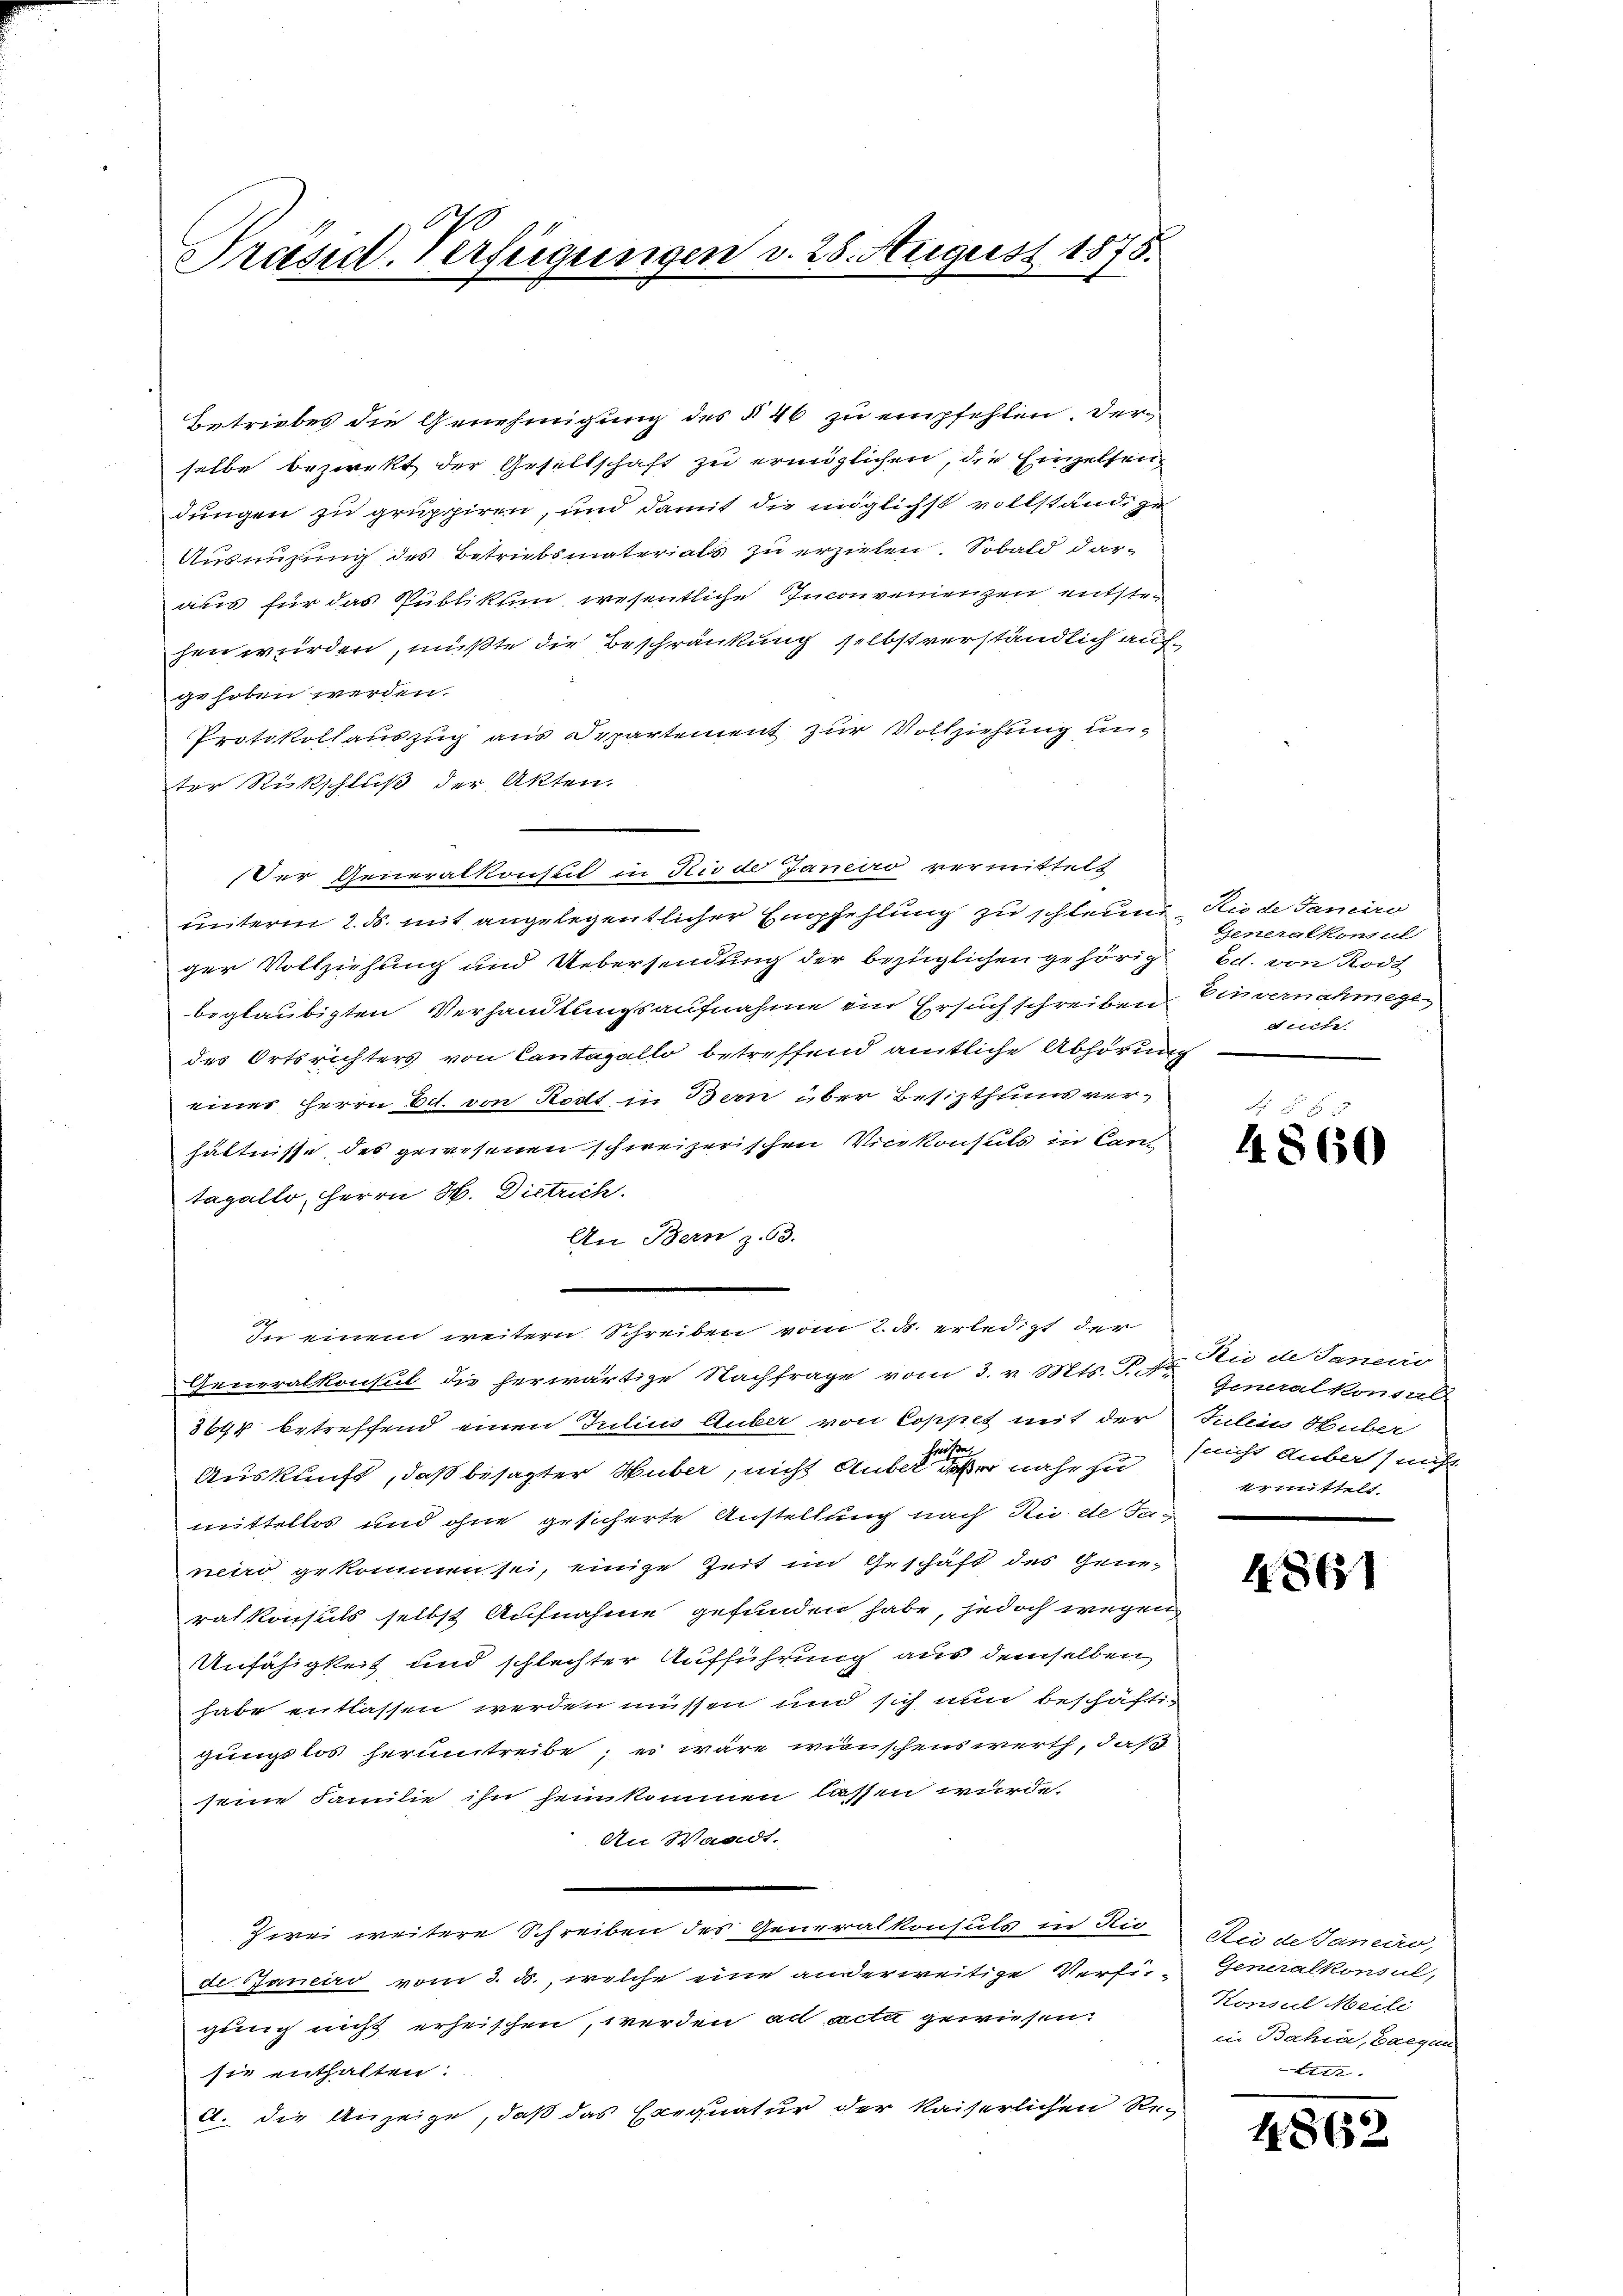
Präsid-Verfügungen v. 28. August 1875.

Betriebes die Genehmigung des § 46 zu empfehlen. Derselbe bezwekt der Gesellschaft zu ermöglichen, die Einzeltendungen zu gruppiren, und damit die möglichst vollständige
Ausnüzung des Betriebsmaterials zu erziehen. Sobald dar-
aus für das Publikum wesentliche Inconvenienzen entstehen würden, mußte die Beschränkung selbst verständlich aufgehoben werden.
Protokollauszug aus Departement zur Vollziehung unter Rückschluß der Akten.
Der Generalkonsul in Rio der Janeiro vermittelt
unterm 2. ds. mit angelegentlicher Empfehlung zu schleune,
ger Vollziehung und Uebersendung der bezüglichen gehörig
beglaubigten Verhandlungsaufnahme ein Ersuch schreiben.
des Ortsrichters von Cantagallo betreffend amtliche Abhörun
eines Herrn Ett. von Recht in Bern über Besitzthums verhältnisse des gewesenen schweizerischen Vicekonsuls in Cant
tagello, Herrn H. Dietrich.
An Bern z. 63.
e
In einem weitern Schreiben vom 2. ds. erledigt der
Generalkonsul die herwärtige Nachfrage vom 3. v. Mts. T. Dr. Generalkonsul-
3644 betreffend einen Julius Auber von Coppet mit der
s
Auskunft, daß besagter Huber, nicht anberge der nahe zu
mittellos und ohne gesicherte Anstellung nach Rue de Janeiro gekommen sei, einige Zeit im Geschäft des Generatkonsuls selbst Aufnahme gefunden habe, jedoch wegen
Anfähigkeit und schlechter Aufführung aus demselben
habe entlassen werden müssen und sich nun beschäftigungslos herumtreibe; es wäre wünschenswerth, daß
seine Familie ihn heimkommen lassen wurde.
An Waadt.
Zwei weitere Schreiben des Generalkonsuls in Sie
de. Janeiro vom 3. ds., welche eine anderweitige Verfü-
gung nicht erheischen, werden ad acta gewiesen.
sie enthalten.
A. die Anzeige, daß das Exequatur der Kaiserlichen Re-

Stio de Janeiro
Generalkonsul
bet. von Rodt
Einvernahmege
eccifi
g

4860

Sie de Janeiro
Julein Huber
(nicht anber, nicht
ermittelt

4861

Sie des Janeiro,
Generalkonsul,
Konsul Meile
in Bahia, Caegun
1

1862